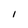
Character: I